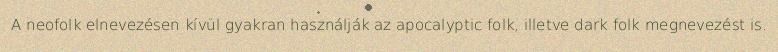
A neofolk elnevezésen kívül gyakran használják az apocalyptic folk, illetve dark folk megnevezést is.